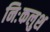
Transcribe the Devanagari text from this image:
निःकलुश